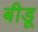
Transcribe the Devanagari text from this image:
बीडू